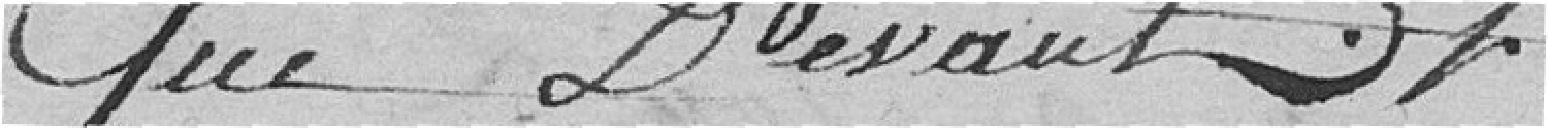
que devant